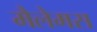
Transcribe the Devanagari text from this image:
मैलेमस